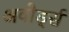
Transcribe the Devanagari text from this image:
अवोर्ड्स